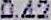
0.42